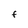
Character: f